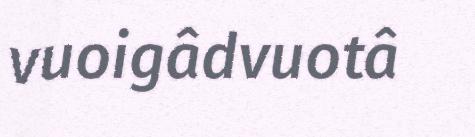
vuoigâdvuotâ